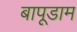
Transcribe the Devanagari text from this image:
बापूडाम